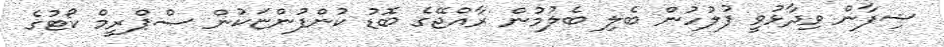
ޝިފާން ވިދާޅުވީ ފުލުހުން ބެލި ބެލުމުން ރާއްޖޭގެ ބޮޑު ކުންފުންޏަކުން ސްޕްރީމް ކޯޓުގެ